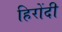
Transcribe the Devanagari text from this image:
हिरोंदी